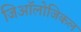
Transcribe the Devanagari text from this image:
जिऑलोजिकल